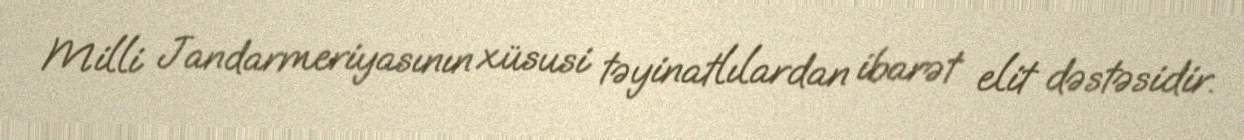
Milli Jandarmeriyasının xüsusi təyinatlılardan ibarət elit dəstəsidir.